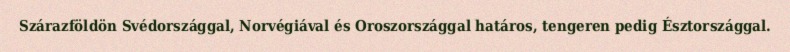
Szárazföldön Svédországgal, Norvégiával és Oroszországgal határos, tengeren pedig Észtországgal.